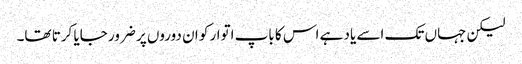
لیکن جہاں تک اسے یاد ہے اس کا باپ اتوار کو ان دوروں پر ضرور جایا کرتا تھا۔